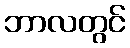
ဘာလတွင်